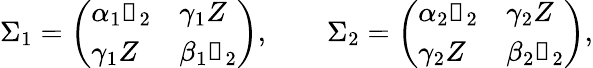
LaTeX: \Sigma_{1}=\left(\begin{array}{ll}{\alpha_{1}\mathbb{1}_{2}}&{\gamma_{1}Z}\\ {\gamma_{1}Z}&{\beta_{1}\mathbb{1}_{2}}\end{array}\right),\qquad\Sigma_{2}=\left(\begin{array}{ll}{\alpha_{2}\mathbb{1}_{2}}&{\gamma_{2}Z}\\ {\gamma_{2}Z}&{\beta_{2}\mathbb{1}_{2}}\end{array}\right),